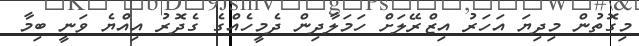
މިގޮތުން މިދިޔަ އަހަރު އިޒްރޭލަށް ހަމަލާދިން ދެމީހެއްގެ ގެދޮރު އިއްޔެ ވަނީ ބިމާ